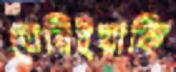
তেরিইয়াকি